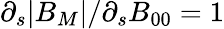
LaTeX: \partial_{s}|B_{M}|/\partial_{s}B_{00}=1